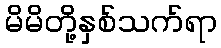
မိမိတို့နှစ်သက်ရာ